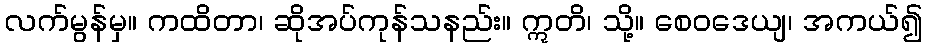
လက်မွန်မှ။ ကထိတာ၊ ဆိုအပ်ကုန်သနည်း။ ဣတိ၊ သို့။ စေဝဒေယျ၊ အကယ်၍